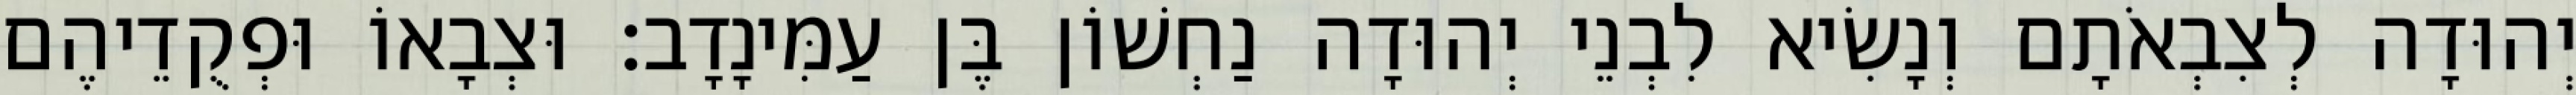
יְהוּדָה לְצִבְאֹתָם וְנָשִׂיא לִבְנֵי יְהוּדָה נַחְשׁוֹן בֶּן עַמִּינָדָב׃ וּצְבָאוֹ וּפְקֻדֵיהֶם